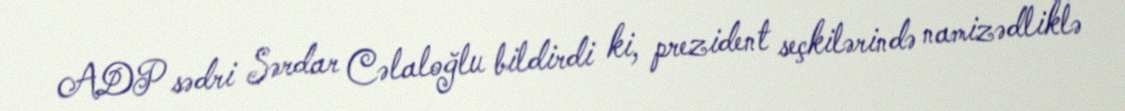
ADP sədri Sərdar Cəlaloğlu bildirdi ki, prezident seçkilərində namizədliklə